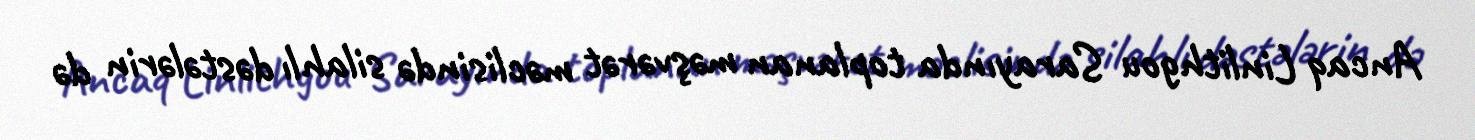
Ancaq Linlithgou Sarayında toplanan məşvərət məclisində silahlı dəstələrin də